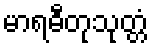
မာရဓီတုသုတ္တံ